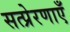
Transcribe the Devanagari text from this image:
सत्प्रेरणाएँ